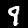
Digit: 9